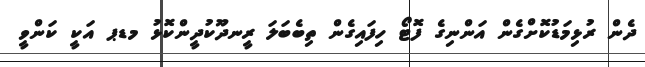
ދެން ރުޅިމަޑުކޮށްގެން އަންނިގެ ފޮޓޯ ހިފައިގެން ތިބެބަލަ ރީނދޫކުދީންކޮޅު މޑޕ އަކީ ކަންވީ